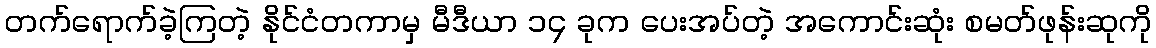
တက်ရောက်ခဲ့ကြတဲ့ နိုင်ငံတကာမှ မီဒီယာ ၁၄ ခုက ပေးအပ်တဲ့ အကောင်းဆုံး စမတ်ဖုန်းဆုကို